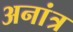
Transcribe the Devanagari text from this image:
अनांत्र